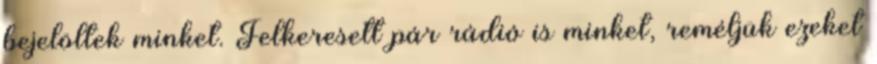
bejelöltek minket. Felkeresett pár rádió is minket, reméljük ezeket